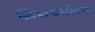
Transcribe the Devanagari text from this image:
क्रियार्थद्योतक